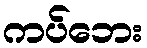
ကပ်ဘေး